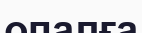
опалға